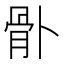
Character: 𩨓